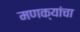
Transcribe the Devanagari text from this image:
मणक्यांचा